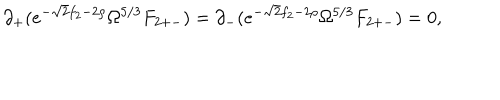
\partial _ { + } ( e ^ { - \sqrt { 2 } f _ { 2 } - 2 \rho } \Omega ^ { 5 / 3 } F _ { 2 + - } ) = \partial _ { - } ( e ^ { - \sqrt { 2 } f _ { 2 } - 2 \rho } \Omega ^ { 5 / 3 } F _ { 2 + - } ) = 0 ,